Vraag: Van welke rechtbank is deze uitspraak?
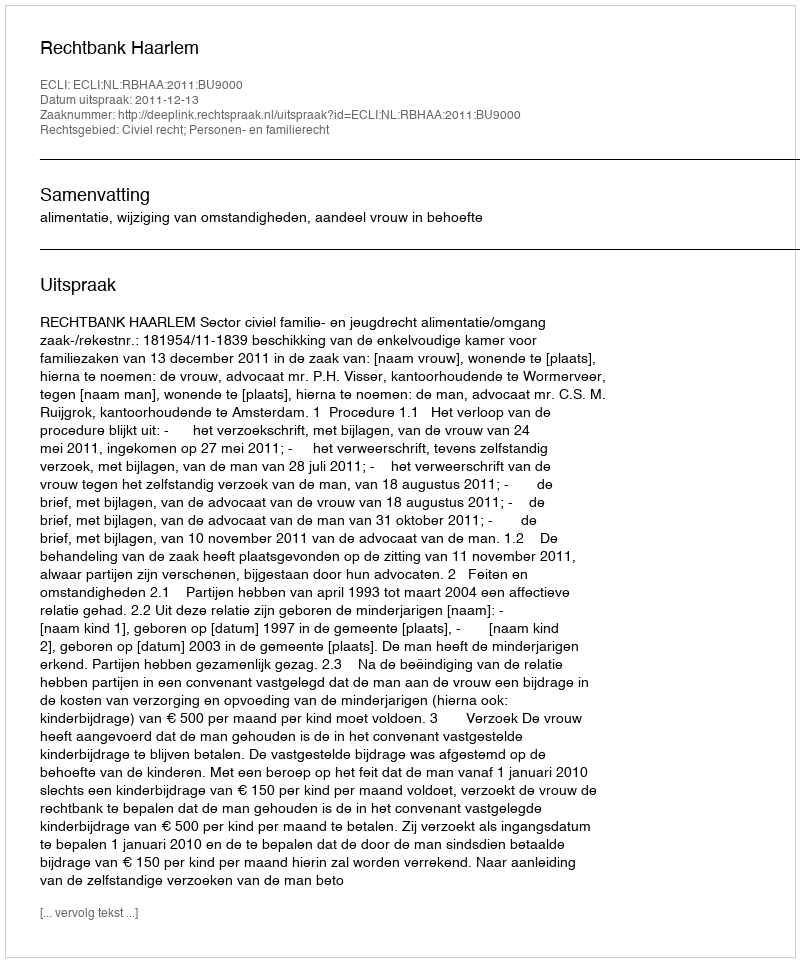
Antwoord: Rechtbank Haarlem